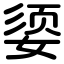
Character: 媭